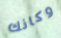
وكانك